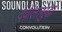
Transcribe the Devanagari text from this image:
देवीलासुद्धा